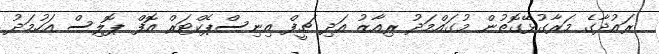
ރައުދާގެ މަރާގުޅޭގޮތުން މުގައްމަދު ރިއާޒު އަދި ޗީފް އިނިސްޕެކްޓަރް އޮފް ޕޮލިސް އަހުމަދު